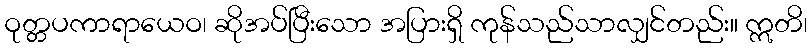
ဝုတ္တပကာရာယေဝ၊ ဆိုအပ်ပြီးသော အပြားရှိ ကုန်သည်သာလျှင်တည်း။ ဣတိ၊